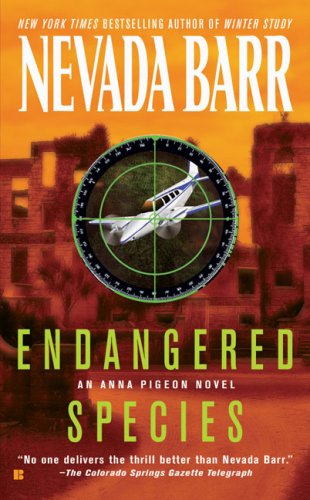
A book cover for Endangered Species (Anna Pigeon); Nevada Barr; Science & Math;